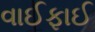
વાઈફાઈ